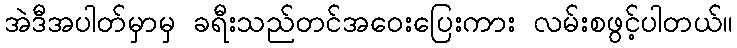
အဲဒီအပါတ်မှာမှ ခရီးသည်တင်အဝေးပြေးကား လမ်းစဖွင့်ပါတယ်။